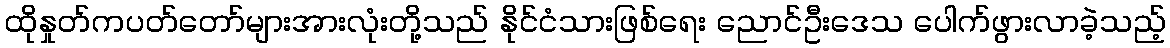
ထိုနှုတ်ကပတ်တော်များအားလုံးတို့သည် နိုင်ငံသားဖြစ်ရေး ညောင်ဦးဒေသ ပေါက်ဖွားလာခဲ့သည့်